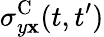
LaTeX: \sigma_{y\mathbf{x}}^{\textrm{{C}}}(t,t^{\prime})